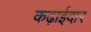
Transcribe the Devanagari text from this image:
कढ़ाईदार